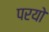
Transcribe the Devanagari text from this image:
परयो